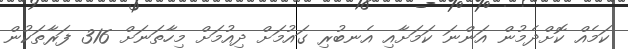
ކަމެއް ކޮށްދެމުން އަންނަ ކަމަށާއި އެނބުރި ގައުމަށް ދިއުމަށް މިހާތަނަށް 316 ފަރާތަކުން